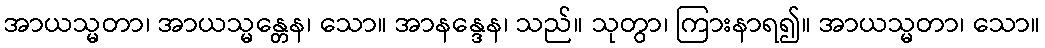
အာယသ္မတာ၊ အာယသ္မန္တေန၊ သော။ အာနန္ဒေန၊ သည်။ သုတွာ၊ ကြားနာရ၍။ အာယသ္မတာ၊ သော။